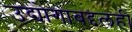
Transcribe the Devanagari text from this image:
उद्योगाबद्दलही